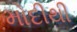
મોદીથી